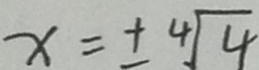
x = \pm \sqrt [ 4 ] { 4 }